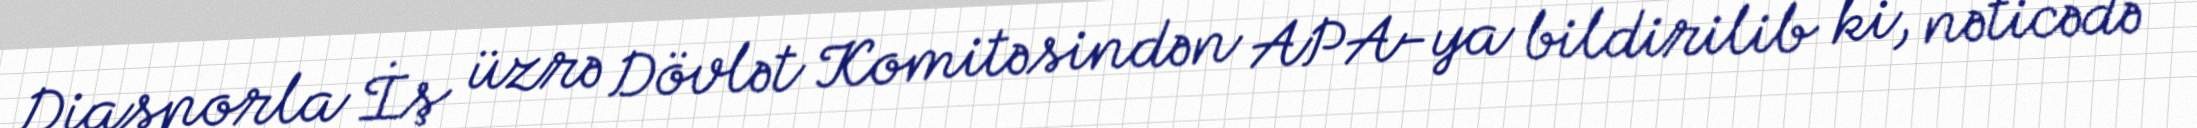
Diasporla İş üzrə Dövlət Komitəsindən APA-ya bildirilib ki, nəticədə